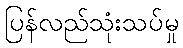
ပြန်လည်သုံးသပ်မှု